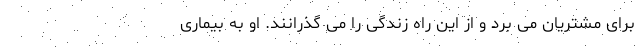
برای مشتریان می برد و از این راه زندگی را می گذرانند. او به بیماری